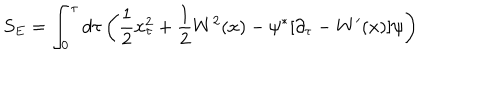
S _ { E } = \int _ { 0 } ^ { \tau } d \tau \left( { \frac { 1 } { 2 } } x _ { \tau } ^ { 2 } + { \frac { 1 } { 2 } } W ^ { 2 } ( x ) - \psi ^ { \ast } [ \partial _ { \tau } - W ^ { \prime } ( x ) ] \psi \right)